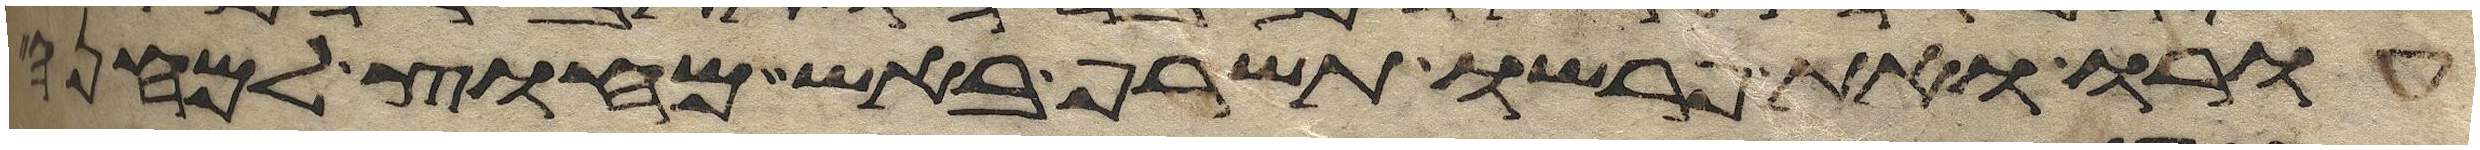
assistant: עורו ואת פרשו תשרף באש מחוץ למחנה